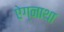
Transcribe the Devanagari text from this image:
ऐग्नाथा